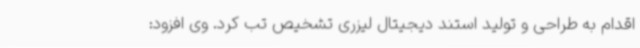
اقدام به طراحی و تولید استند دیجیتال لیزری تشخیص تب کرد. وی افزود: